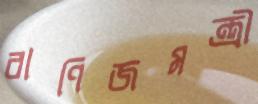
বাণিজমন্ত্রী